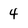
Character: 4